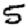
Digit: 5